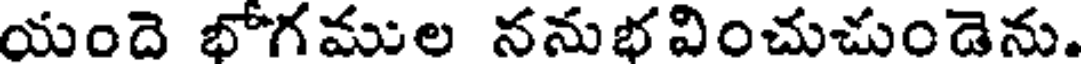
యందె భోగముల ననుభవించుచుండెను.